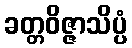
ခတ္တဝိဇ္ဇာသိပ္ပံ